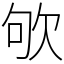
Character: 欨